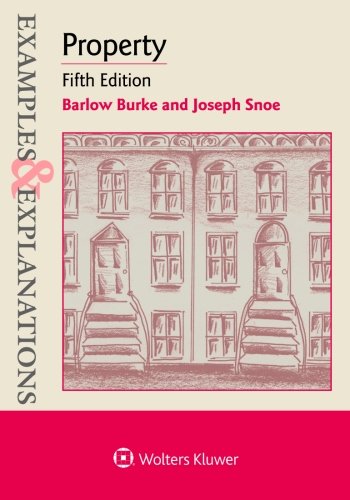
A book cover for Examples & Explanations: Property; Barlow Burke; Test Preparation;